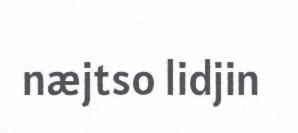
næjtso lidjin